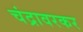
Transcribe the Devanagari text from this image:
चंद्रावरकर